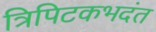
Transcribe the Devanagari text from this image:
त्रिपिटकभदंत